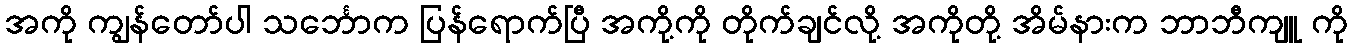
အကို ကျွန်တော်ပါ သင်္ဘောက ပြန်ရောက်ပြီ အကို့ကို တိုက်ချင်လို့ အကိုတို့ အိမ်နားက ဘာဘီကျူ ကို